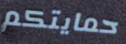
حمايتكم